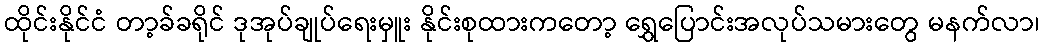
ထိုင်းနိုင်ငံ တာ့ခ်ခရိုင် ဒုအုပ်ချုပ်ရေးမှူး နိုင်းစုထားကတော့ ရွှေပြောင်းအလုပ်သမားတွေ မနက်လာ၊